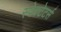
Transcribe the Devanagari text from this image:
स्पेक्टेटर्स